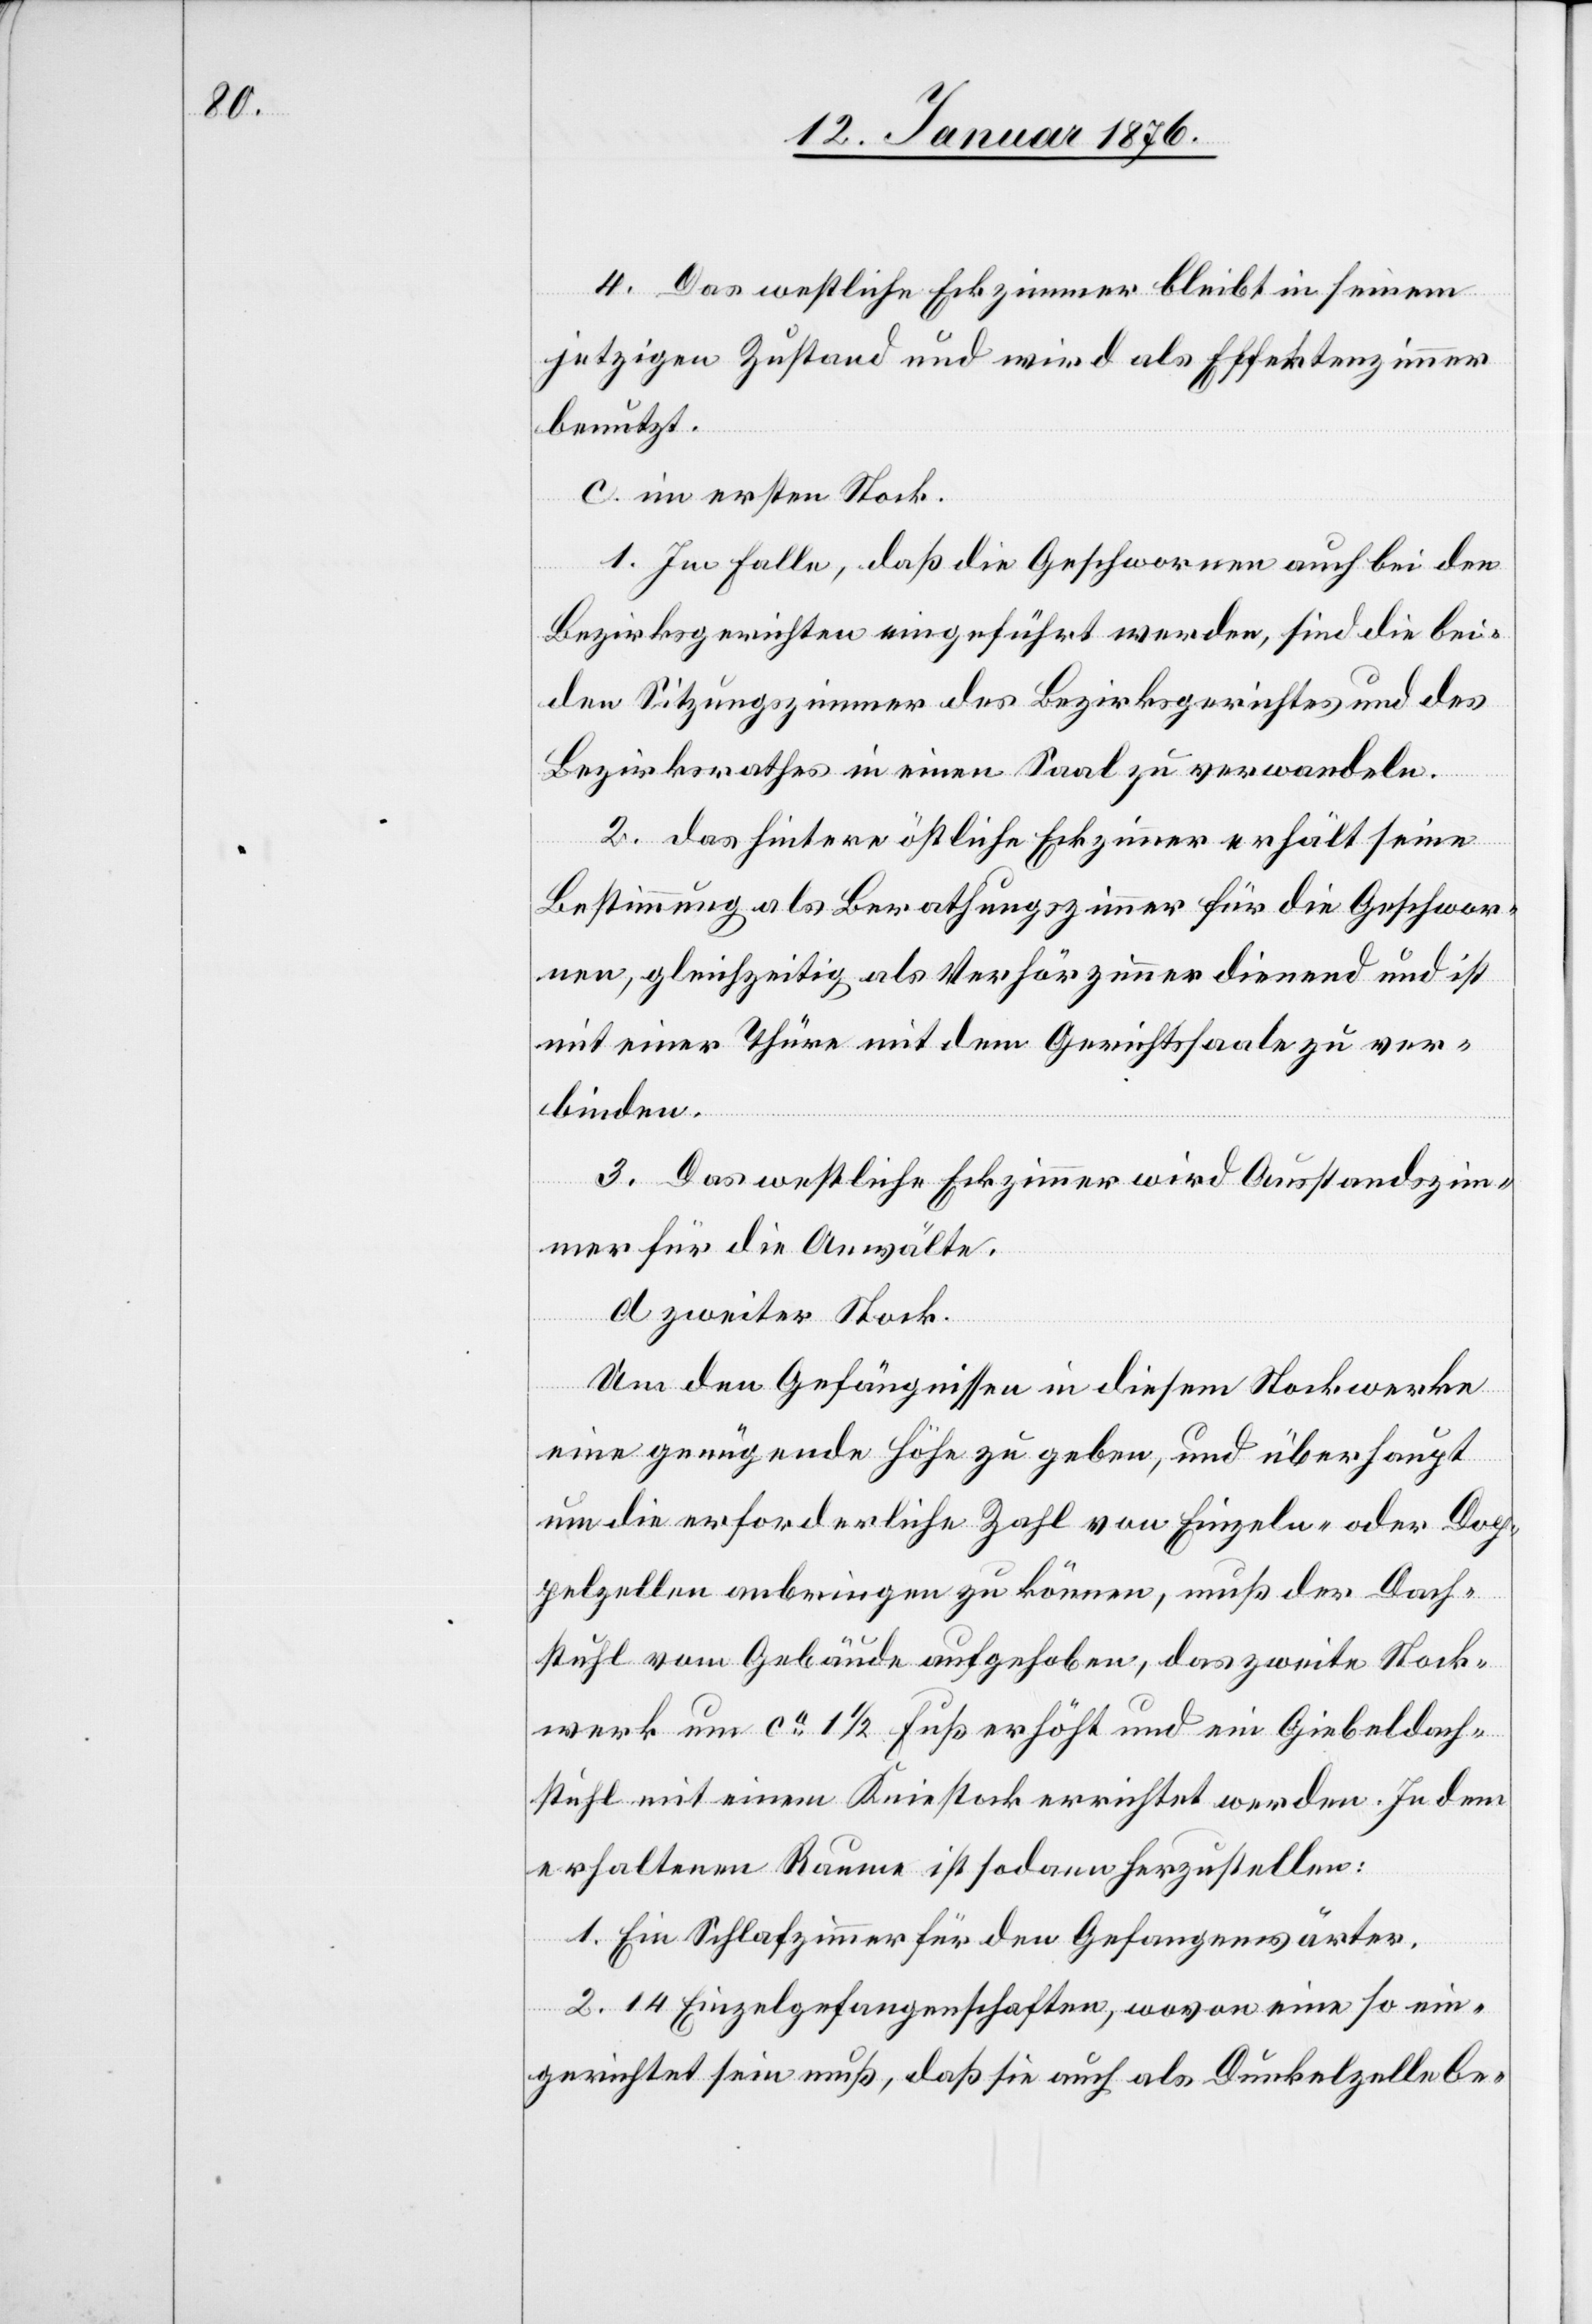
4. Das westliche Eckzimmer bleibt in seinem
jetzigen Zustand und wird als Effektenzimmer
benutzt.
c. im ersten Stock.
1. Im Falle, daß die Geschworenen auch bei den
Bezirksgerichten eingeführt werden, sind die bei¬
den Sitzungszimmer des Bezirksgerichtes und des
Bezirksrathes in einen Saal zu verwandeln.
2. das hintere östliche Eckzimmer erhält seine
Bestimmung als Berathungszimmer für die Geschwore¬
nen, gleichzeitig als Verhörzimmer dienend und ist
mit einer Thüre mit dem Gerichtssaale zu ver¬
binden.
3. Das westliche Eckzimmer wird Ausstandszim¬
mer für die Anwälte.
d. zweiter Stock.
um den Gefängnissen in diesem Stockwerke
eine genügende Höhe zu geben, und überhaupt
um die erforderliche Zahl von Einzeln- oder Dop¬
pelzellen anbringen zu können, muß der Dach¬
stuhl vom Gebäude aufgehoben, das zweite Stock¬
werk um ca. 1 1/2 Fuß erhöht und ein Giebeldach¬
stuhl mit einem Kniestock errichtet werden. In dem
erhaltenen Raume ist sodann herzustellen:
1. Ein Schlafzimmer für den Gefangenwärter.
2. 14 Einzelgefangenschaften, wovon eine so ein¬
gerichtet sein muß, daß sie auch als Dunkelzelle be-